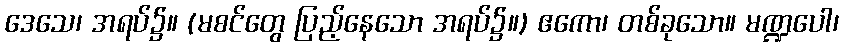
ဒေသေ၊ အရပ်၌။ (မစင်တွေ ပြည့်နေသော အရပ်၌။) ဧကော၊ တစ်ခုသော။ မဏ္ဍပေါ၊